Civil Veterinary Department Bengal reports 1923-33 - 1923-1933
Year: 1923
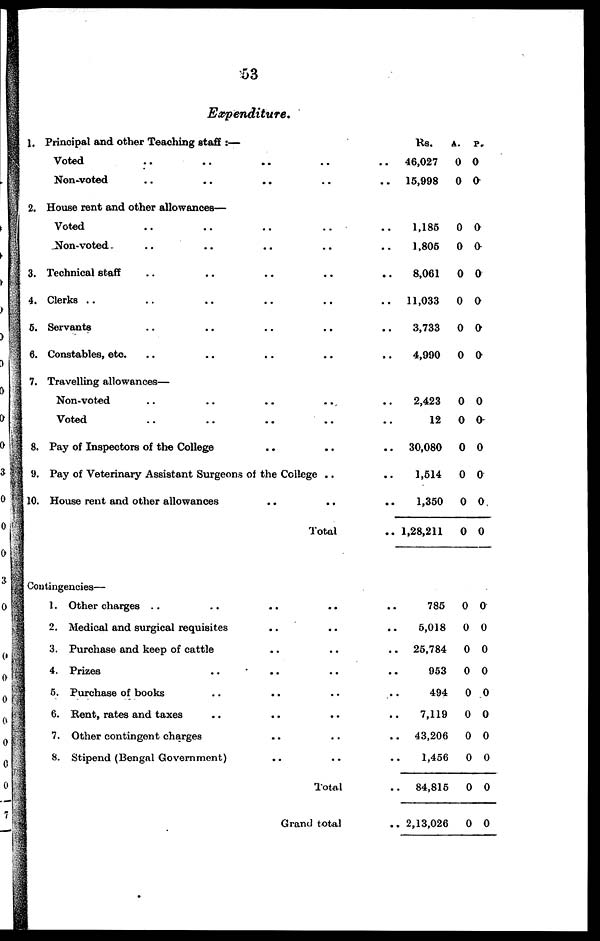
53
Expenditure.
1.
2.
3.
4.
5.
6.
7.
8.
9.
10.
Principal and other Teaching staff :—
Voted .. .. .. .. ..
Non-voted .. .. .. .. ..
House rent and other allowances—
Voted
..
..
..
Non-voted .. .. .. .. .. ..
Technical staff .. .. .. .. ..
Clerks .. .. .. .. ..
Servants .. .. .. .. ..
Constables, etc. .. .. .. .. ..
Travelling allowances—
Non-voted .. .. .. .. ..
Voted
..
..
..
..
Pay of Inspectors of the College .. ... ..
Pay of Veterinary Assistant Surgeons of the College .. ..
House rent and other allowances .. .. ...
Total ..
Rs.
46,027
15,998
1,185
1,805
8,061
11,033
3,733
4,990
2,423
12
30,080
1,514
1,350
1,28,211
A.
0
0
0
0
0
0
0
0
0
0
0
0
0
0
P.
0
0
0
0
0
0
0
0
0
0
0
0
0.
0
Contingencies—
1. Other charges .. .. ....
2. Medical and surgical requisites ....
3. Purchase and keep of cattle ....
4. Prizes .. ....
5. Purchase of books .. ....
6. Kent, rates and taxes .. ....
7. Other contingent charges ....
8. Stipend (Bengal Government)....
Total
Grand total
..
..
..
..
..
..
..
..
..
..
785
5,018
25,784
953
494
7,119
43,206
1,456
84,815
2,13,026
0
0
0
0
0
0
0
0
0
0
0
0
0
0
0
0
0
0
0
0